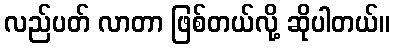
လည်ပတ် လာတာ ဖြစ်တယ်လို့ ဆိုပါတယ်။